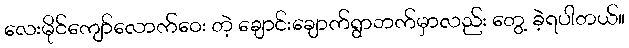
လေးမိုင်ကျော်လောက်ဝေး တဲ့ ချောင်းချောက်ရွာဘက်မှာလည်း တွေ့ ခဲ့ရပါတယ်။